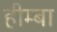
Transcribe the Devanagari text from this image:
हीम्बा